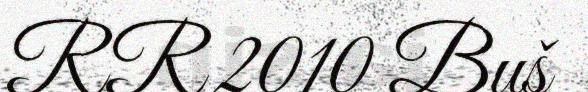
RR 2010 Buš